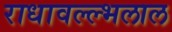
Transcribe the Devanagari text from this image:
राधावल्ल्भलाल